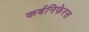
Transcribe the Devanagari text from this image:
कर्बनिफेरस